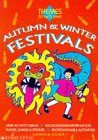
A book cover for Autumn and Winter Festivals (Themes for Early Years); Carole Court; Children's Books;